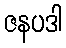
ဇနပဒါ